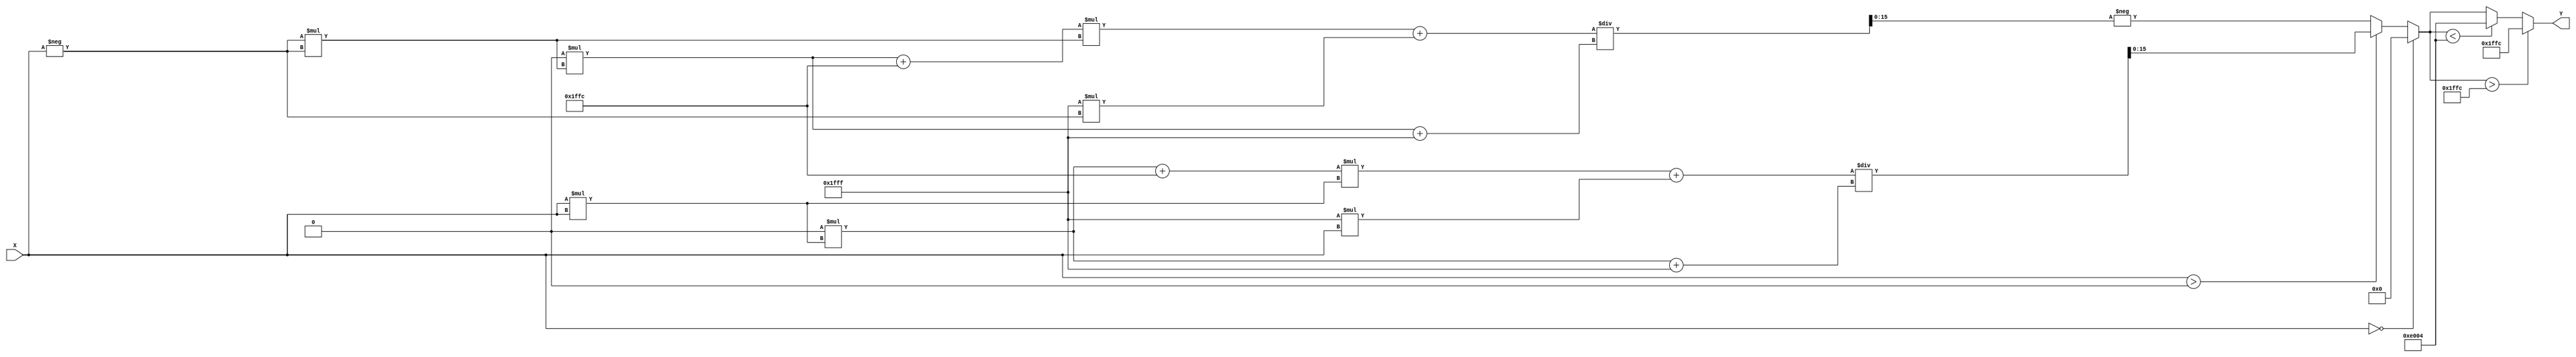
module atan (
    input signed [15:0] X,  // Input: signed Q1.15 format ([-1, 1])
    output reg signed [15:0] Y // Output: signed Q1.15 format ([-/2, /2])
);

    // Constants for /2 in Q1.15 format
    parameter PI_OVER_2 = 16'h1FFC;  // Approx. 1.5708 in Q1.15

    // Polynomial coefficients for approximation of atan(x)
    parameter signed [15:0] A0 = 16'h0;       // a0 = 0
    parameter signed [15:0] A1 = 16'h1FFC;     // a1 = /4  0.7854 in Q1.15
    parameter signed [15:0] A2 = 16'h0;        // a2 = 0
    parameter signed [15:0] A3 = 16'h1FFF;     // a3 = 1 (for atan approximation)

    // Intermediate calculations
    reg signed [31:0] xsq; // to hold X^2
    reg signed [31:0] numerator; 
    reg signed [31:0] denominator; 

    always @(*) begin
        // Check for special cases
        if (X == 16'h0) begin
            Y = 16'h0; // atan(0) = 0
        end else if (X > 16'h0) begin
            // X is positive, use polynomial approximation
            xsq = X * X; // X^2
            numerator = (A0 * xsq + A1) * xsq + A3 * X; // polynomial approximation
            denominator = (A2 * xsq + A3); // normalization factor
            Y = numerator / denominator; // atan approximation
        end else begin
            // X is negative, use symmetry property atan(-x) = -atan(x)
            xsq = (-X) * (-X); // (-X)^2
            numerator = (A0 * xsq + A1) * xsq + A3 * (-X); // polynomial approximation
            denominator = (A2 * xsq + A3); // normalization factor
            Y = - (numerator / denominator); // atan approximation
        end

        // Clamping the output to the range [-/2, /2]
        if (Y > PI_OVER_2) begin
            Y = PI_OVER_2;
        end else if (Y < -PI_OVER_2) begin
            Y = -PI_OVER_2;
        end
    end
endmodule